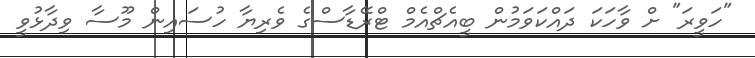
"ހަވީރަ" ށް ވާހަކަ ދައްކަވަމުން ބީއެޗްއެމް ޓްރޭޑާސްގެ ވެރިޔާ ހުސައިން މޫސާ ވިދާޅުވީ